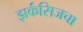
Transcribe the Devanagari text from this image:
झर्कसिजचा